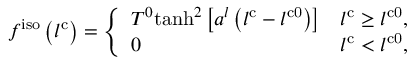
f ^ { \mathrm { i s o } } \left( l ^ { \mathrm { c } } \right) = \left\{ \begin{array} { l l } { T ^ { 0 } \mathrm { t a n h } ^ { 2 } \left[ a ^ { l } \left( l ^ { \mathrm { c } } - l ^ { \mathrm { c 0 } } \right) \right] } & { l ^ { \mathrm { c } } \geq l ^ { \mathrm { c 0 } } , } \\ { 0 } & { l ^ { \mathrm { c } } < l ^ { \mathrm { c 0 } } , } \end{array} \right.